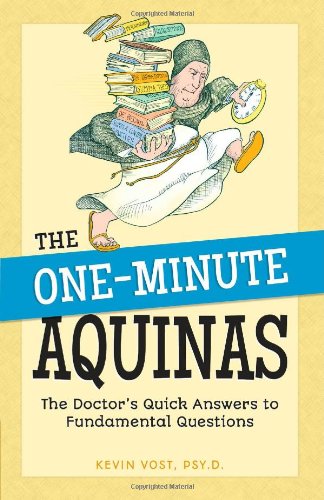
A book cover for One-Minute Aquinas; Kevin Vost; Christian Books & Bibles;